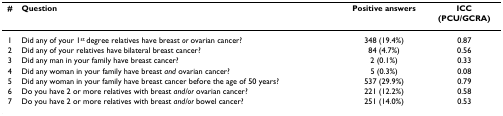
| # | Question | Positive answers | ICC(PCU/GCRA) |
 | --- | --- | --- | --- |
 | 1 | Did any of your 1st degree relatives have breast or ovarian cancer? | 348 (19.4%) | 0.87 |
 | 2 | Did any of your relatives have bilateral breast cancer? | 84 (4.7%) | 0.56 |
 | 3 | Did any man in your family have breast cancer? | 2 (0.1%) | 0.33 |
 | 4 | Did any woman in your family have breast and ovarian cancer? | 5 (0.3%) | 0.08 |
 | 5 | Did any woman in your family have breast cancer before the age of 50 years? | 537 (29.9%) | 0.79 |
 | 6 | Do you have 2 or more relatives with breast and/or ovarian cancer? | 221 (12.2%) | 0.58 |
 | 7 | Do you have 2 or more relatives with breast and/or bowel cancer? | 251 (14.0%) | 0.53 |